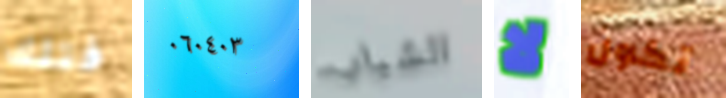
فتلك ٠٦٠٤٠٣ الشباب لا تكون